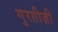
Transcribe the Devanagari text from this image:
गुरग़ीज़ी